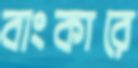
বাংকারে